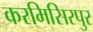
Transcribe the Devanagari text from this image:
करमिसिरपुर